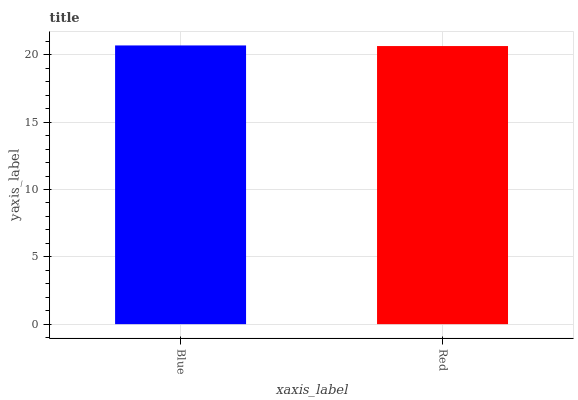
| xaxis_label | bars |
 | --- | --- |
 | Blue | 20.7 |
 | Red | 20.7 |